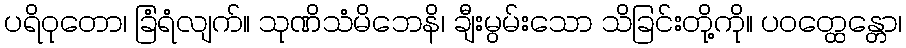
ပရိဝုတော၊ ခြံရံလျက်။ သုဏိသံမိဘေနိ၊ ချီးမွမ်းသော သိခြင်းတို့ကို။ ပဝတ္ထေန္တော၊